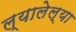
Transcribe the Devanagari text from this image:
ल्यालेल्या